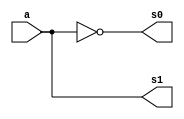
// ------------------------- 
// Exemplo0025 - COMPLEMENTO DE 2
// Nome: Oswaldo Oliveira Paulino
// ------------------------- 

// -------------------------
//  complemento
// -------------------------

module halfAdder1 (output s1, output s0, input a);
	xor (s0, a, 1);
	and (s1, a, 1);
endmodule // halfAdder1

module halfAdder2 (output s1, output s0, input a, input b);
	xor (s0, a, b);
	and (s1, a, b);
endmodule // halfAdder2

module Complemento (output c_out, output s2, output s1, output s0, input [2:0] a);
	wire notA0,notA1,notA2,x,y;
	
	not NOT1 (notA0, a[0]);
	not NOT2 (notA1, a[1]);
	not NOT3 (notA2, a[2]);
	halfAdder1 HA1  (x, s0, notA0);
	halfAdder2 HA2A (y, s1, notA1, x);
	halfAdder2 HA2B (c_out, s2, notA2, y);
endmodule // Complemento

module test_Complemento;
// ------------------------- definir dados
   reg [2:0]x;
	wire c_out,s2,s1,s0;
	
	Complemento Cde2 (c_out,s2,s1,s0,x);
	
	initial begin: start
		x = 3'b000; 
	end
	
// ------------------------- parte principal
   initial begin
      $display("Exemplo0025 - Oswaldo Oliveira Paulino - 382175");
      $display("Test ALU's complemento");
		$display(" a  = c_out s2 s1 s0");
      $monitor("%b =   %b    %b  %b  %b",x,c_out,s2,s1,s0); 
		#1 x = 3'b001;  
		#1 x = 3'b010; 
		#1 x = 3'b011; 
		#1 x = 3'b100; 
		#1 x = 3'b101; 
		#1 x = 3'b110; 
		#1 x = 3'b111; 
   end
endmodule // test_Complemento
/*
    Exemplo0025 - Oswaldo Oliveira Paulino - 382175
    Test ALU's complemento
     a  = c_out s2 s1 s0
    000 =   1    0  0  0
    001 =   0    1  1  1
    010 =   0    1  1  0
    011 =   0    1  0  1
    100 =   0    1  0  0
    101 =   0    0  1  1
    110 =   0    0  1  0
    111 =   0    0  0  1
*/